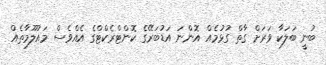
ބުނީ ބަލަކާ ވަރަށް ގާތް ގުޅުމެއް އޮންނަ އަޑުބަރޭގެ ކޮންޓްރެކްޓްގެ އެއްވެސް މައުލޫމާތެއް